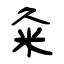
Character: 粂